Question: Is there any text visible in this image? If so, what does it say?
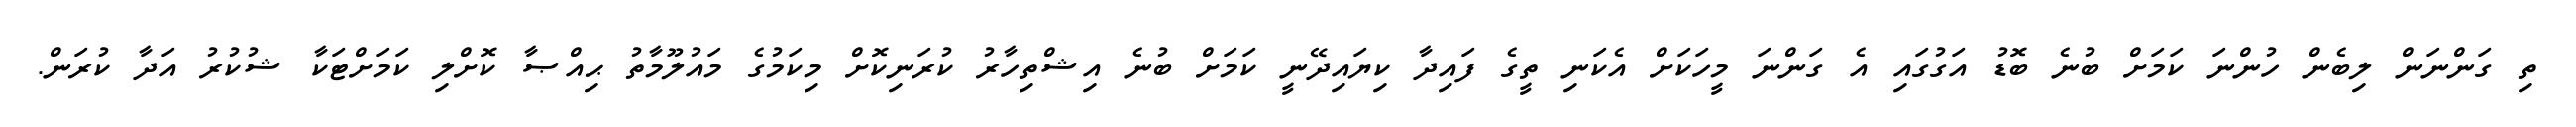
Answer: ތި ގަންނަން ލިބެން ހުންނަ ކަމަށް ބުނެ ބޮޑު އަގުގައި އެ ގަންނަ މީހަކަށް އެކަނި ތީގެ ފައިދާ ކިޔައިދޭނީ ކަމަށް ބުނެ އިޝްތިހާރު ކުރަނިކޮށް މިކަމުގެ މައުލޫމާތު ޙިއްޞާ ކޮށްލި ކަމަށްޓަކާ ޝުކުރު އަދާ ކުރަން.